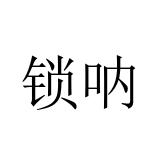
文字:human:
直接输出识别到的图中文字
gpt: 锁呐